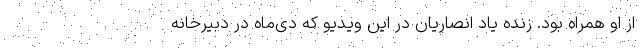
از او همراه بود. زنده یاد انصاریان در این ویدیو که دی‌ماه در دبیرخانه